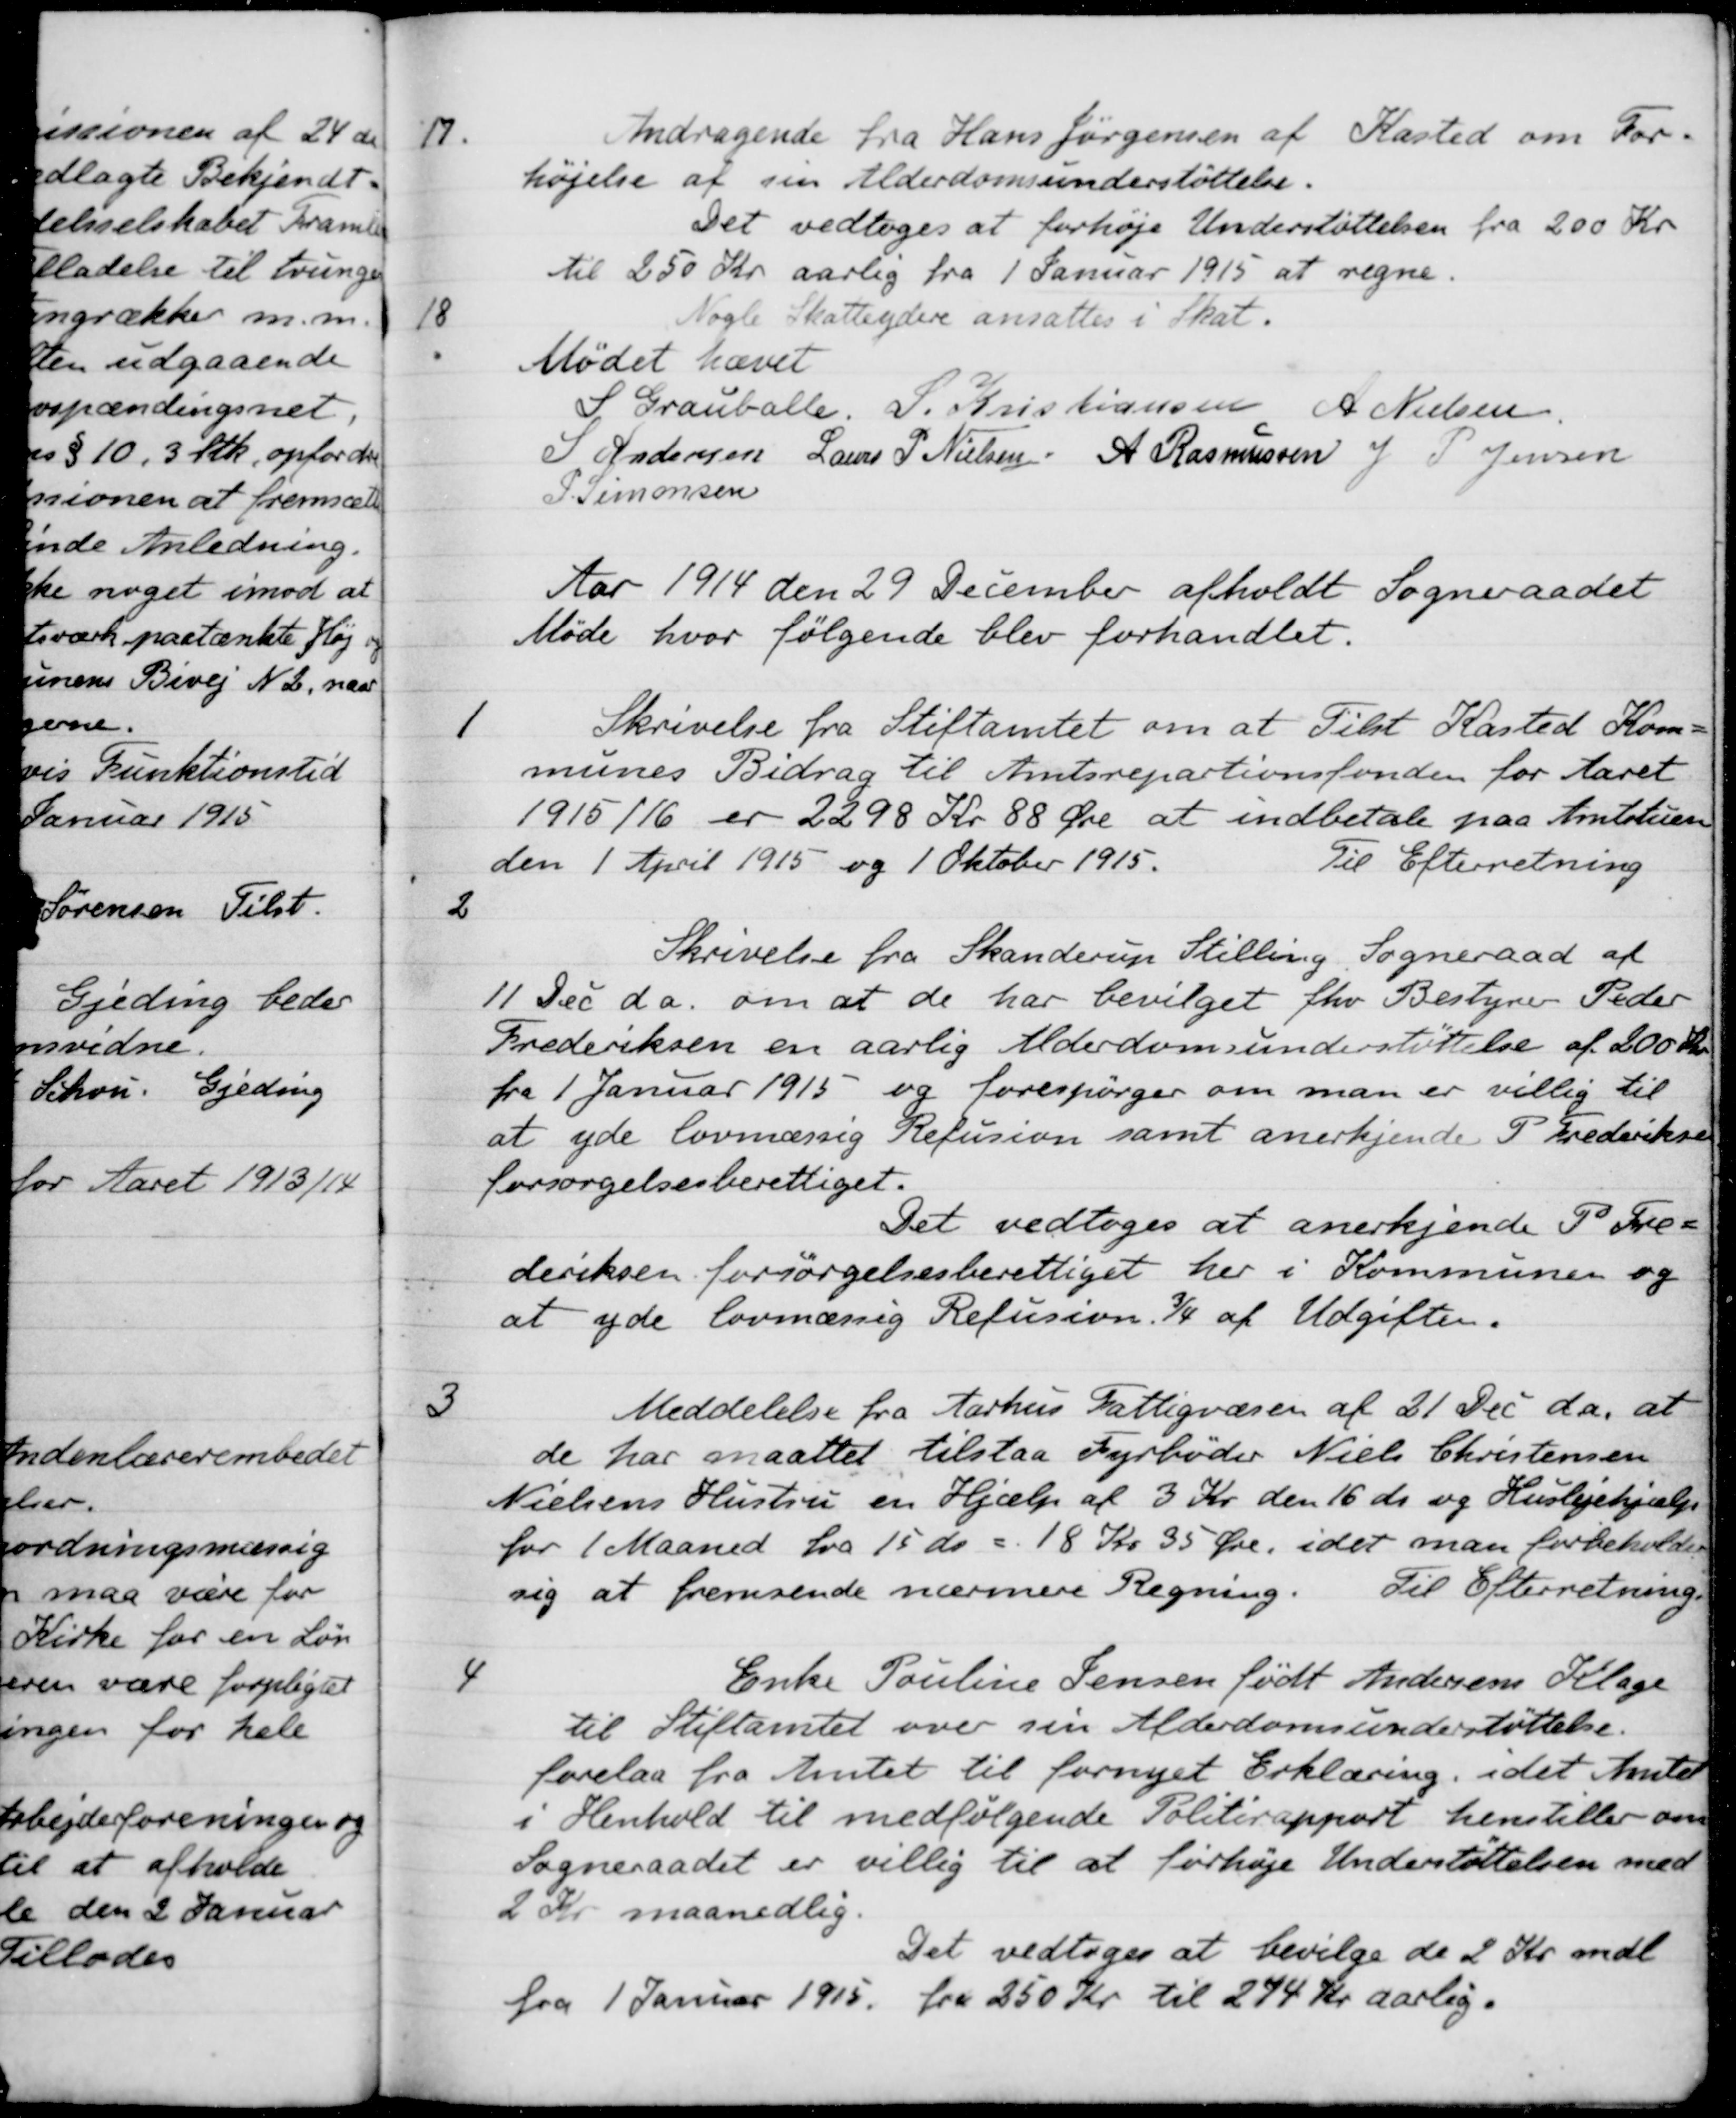
Transskription:
17.
Andragende fra Hans Jørgensen af Kasted om For-
højelse af sin Alderdomsunderstøttelse.
Det vedtoges at forhøje Understøttelsen fra 200 Kr
til 250 Kr aarlig fra 1 Januar 1915 at regne.
18
Nogle Skatteydere ansattes i Skat.
Mødet hævet
S. Grauballe.
S. Kristiansen
A Nielsen
S Andersen
Laurs P Nielsen
A Rasmussen
J. P. Jensen
P. Simonsen
Aar 1914 den 29 December afholdt Sogneraadet
Møde hvor følgende blev forhandlet.
1
Skrivelse fra Stiftamtet om at Tilst Kasted Kom-
munes Bidrag til Amtsrepartionsfonden for Aaret
1915/16 er 2298 Kr 88 Øre at indbetale paa Amtstuen
den 1 April 1915 og 1 Oktober 1915.
Til Efterretning
2
Skrivelse fra Skanderup Stilling. Sogneraad af
11 Dec da. om at de har bevilget fhv Bestyrer Peder
Frederiksen en aarlig Alderdomsunderstøttelse af 200 Kr.
fra 1 Januar 1915 og forespørger om man er villig til
at yde lovmæssig Refusion samt anerkjende P. Frederiksen
forsørgelsesberettiget.
Det vedtoges at anerkjende P. Fre-
deriksen forsørgelsesberettiget her i Kommunen og
at yde lovmæssig Refusion 3/4 af Udgifter.
3
Meddelelse fra Aarhus Fattigvæsen af 21 Dec d.a, at
de har maattet tilstaa Fyrbøder Niels Christensen
Nielsens Hustru en Hjælp af 3 Kr den 16 ds og Huslejehjælp
for 1 Maaned fra 15 ds = 18 Kr 35 Øre, i det man forbeholde
sig at fremsende nærmere Regning.
Til Efterretning.
4
Enke Pouline Jensen født Andersens Klage
til Stiftamtet over sin Alderdomsunderstøttelse.
forelaa fra Amtet til fornyet Erklæring, idet Amtet
i Henhold til medfølgende Politirapport henstiller om
Sogneraadet er villig til at forhøje Understøttelsen med
2 Kr maanedlig.
Det vedtoges at bevilge de 2 Kr. mdl
fra 1 Januar 1915 fra 250 Kr til 274 Kr aarlig.